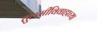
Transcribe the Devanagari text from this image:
तुलसीविवाहाच्या